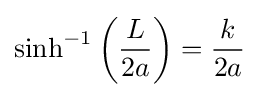
\sinh ^{-1}\left({\frac {L}{2a}}\right)={\frac {k}{2a}}